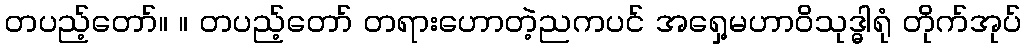
တပည့်တော်။ ။ တပည့်တော် တရားဟောတဲ့ညကပင် အရှေ့မဟာဝိသုဒ္ဓါရုံ တိုက်အုပ်